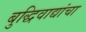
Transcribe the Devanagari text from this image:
बुद्धिवाद्यांचा